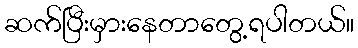
ဆက်ပြီးမှားနေတာတွေ့ရပါတယ်။